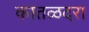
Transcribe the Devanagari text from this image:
कातळदरा